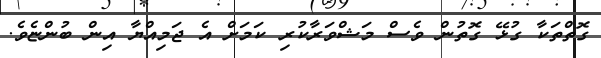
ގޮތްތަކާ ގުޅޭ ގޮތުން ވެސް މަޝްވަރާކުރި ކަމަށް އެ ޖަމިއްޔާ އިން ބުންޏެވެ.